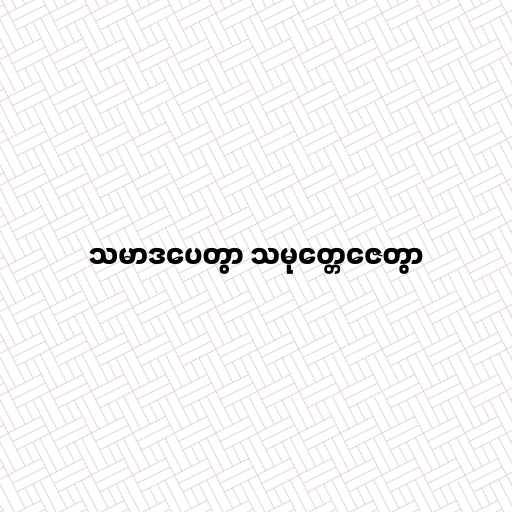
သမာဒပေတွာ သမုတ္တေဇေတွာ